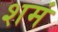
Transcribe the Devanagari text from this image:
शमं